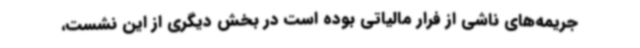
جریمه‌های ناشی از فرار مالیاتی بوده است در بخش دیگری از این نشست،